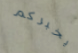
يخبركم